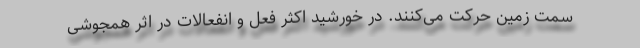
سمت زمین حرکت می‌کنند. در خورشید اکثر فعل و انفعالات در اثر همجوشی